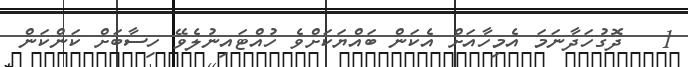
1   ދޮގުހަދާނަމަ އެމިހާއަށް އެކަން ބައްޔަކަށްވެ ހުއްޓައިނުލެވޭ ހިސާބަށް ކަންކަން